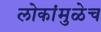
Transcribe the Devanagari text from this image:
लोकांमुळेच